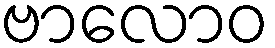
ဗာလောဝ